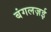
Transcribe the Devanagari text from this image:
बंगलज़ई